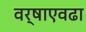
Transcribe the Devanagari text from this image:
वर्षाएवढा